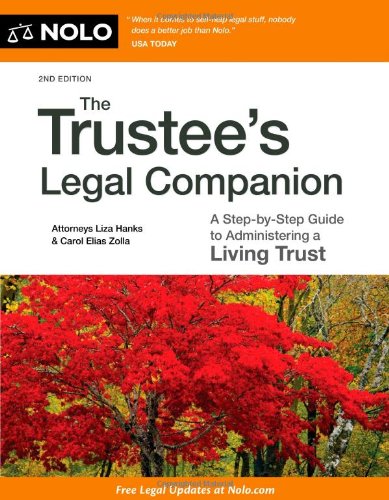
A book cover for The Trustee's Legal Companion: A Step-by-Step Guide to Administering a Living Trust; Liza Hanks; Business & Money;